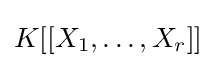
K[[X_{1},\ldots ,X_{r}]]